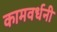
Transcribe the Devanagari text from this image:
कामवर्धनी